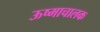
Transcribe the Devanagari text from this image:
ऊष्माचालक